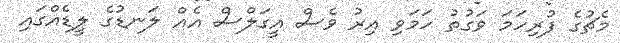
މެޗުގެ ފުރިހަމަ ވަގުތު ހަމަވި އިރު ވެސް އީގަލްސް އެއް ލަނޑުގެ ލީޑެއްގައި